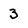
Character: 3